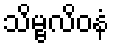
သိမ္ဗလိဝနံ